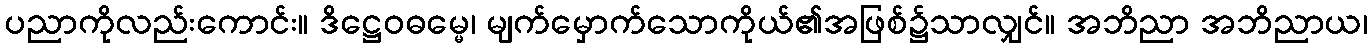
ပညာကိုလည်းကောင်း။ ဒိဋ္ဌေဝဓမ္မေ၊ မျက်မှောက်သောကိုယ်၏အဖြစ်၌သာလျှင်။ အဘိညာ အဘိညာယ၊